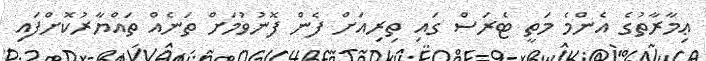
ޢިމާރާތުގެ އެންމެ މަތީ ޓެރަސް ގައި ތިރިއަށް ފެން ފޮނުވުމަށް ތަނެއް ތައްޔާރުކޮށްފައި